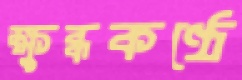
ক্ষুব্ধকণ্ঠে